Leningradi_Edasi_toimetus, lk 114
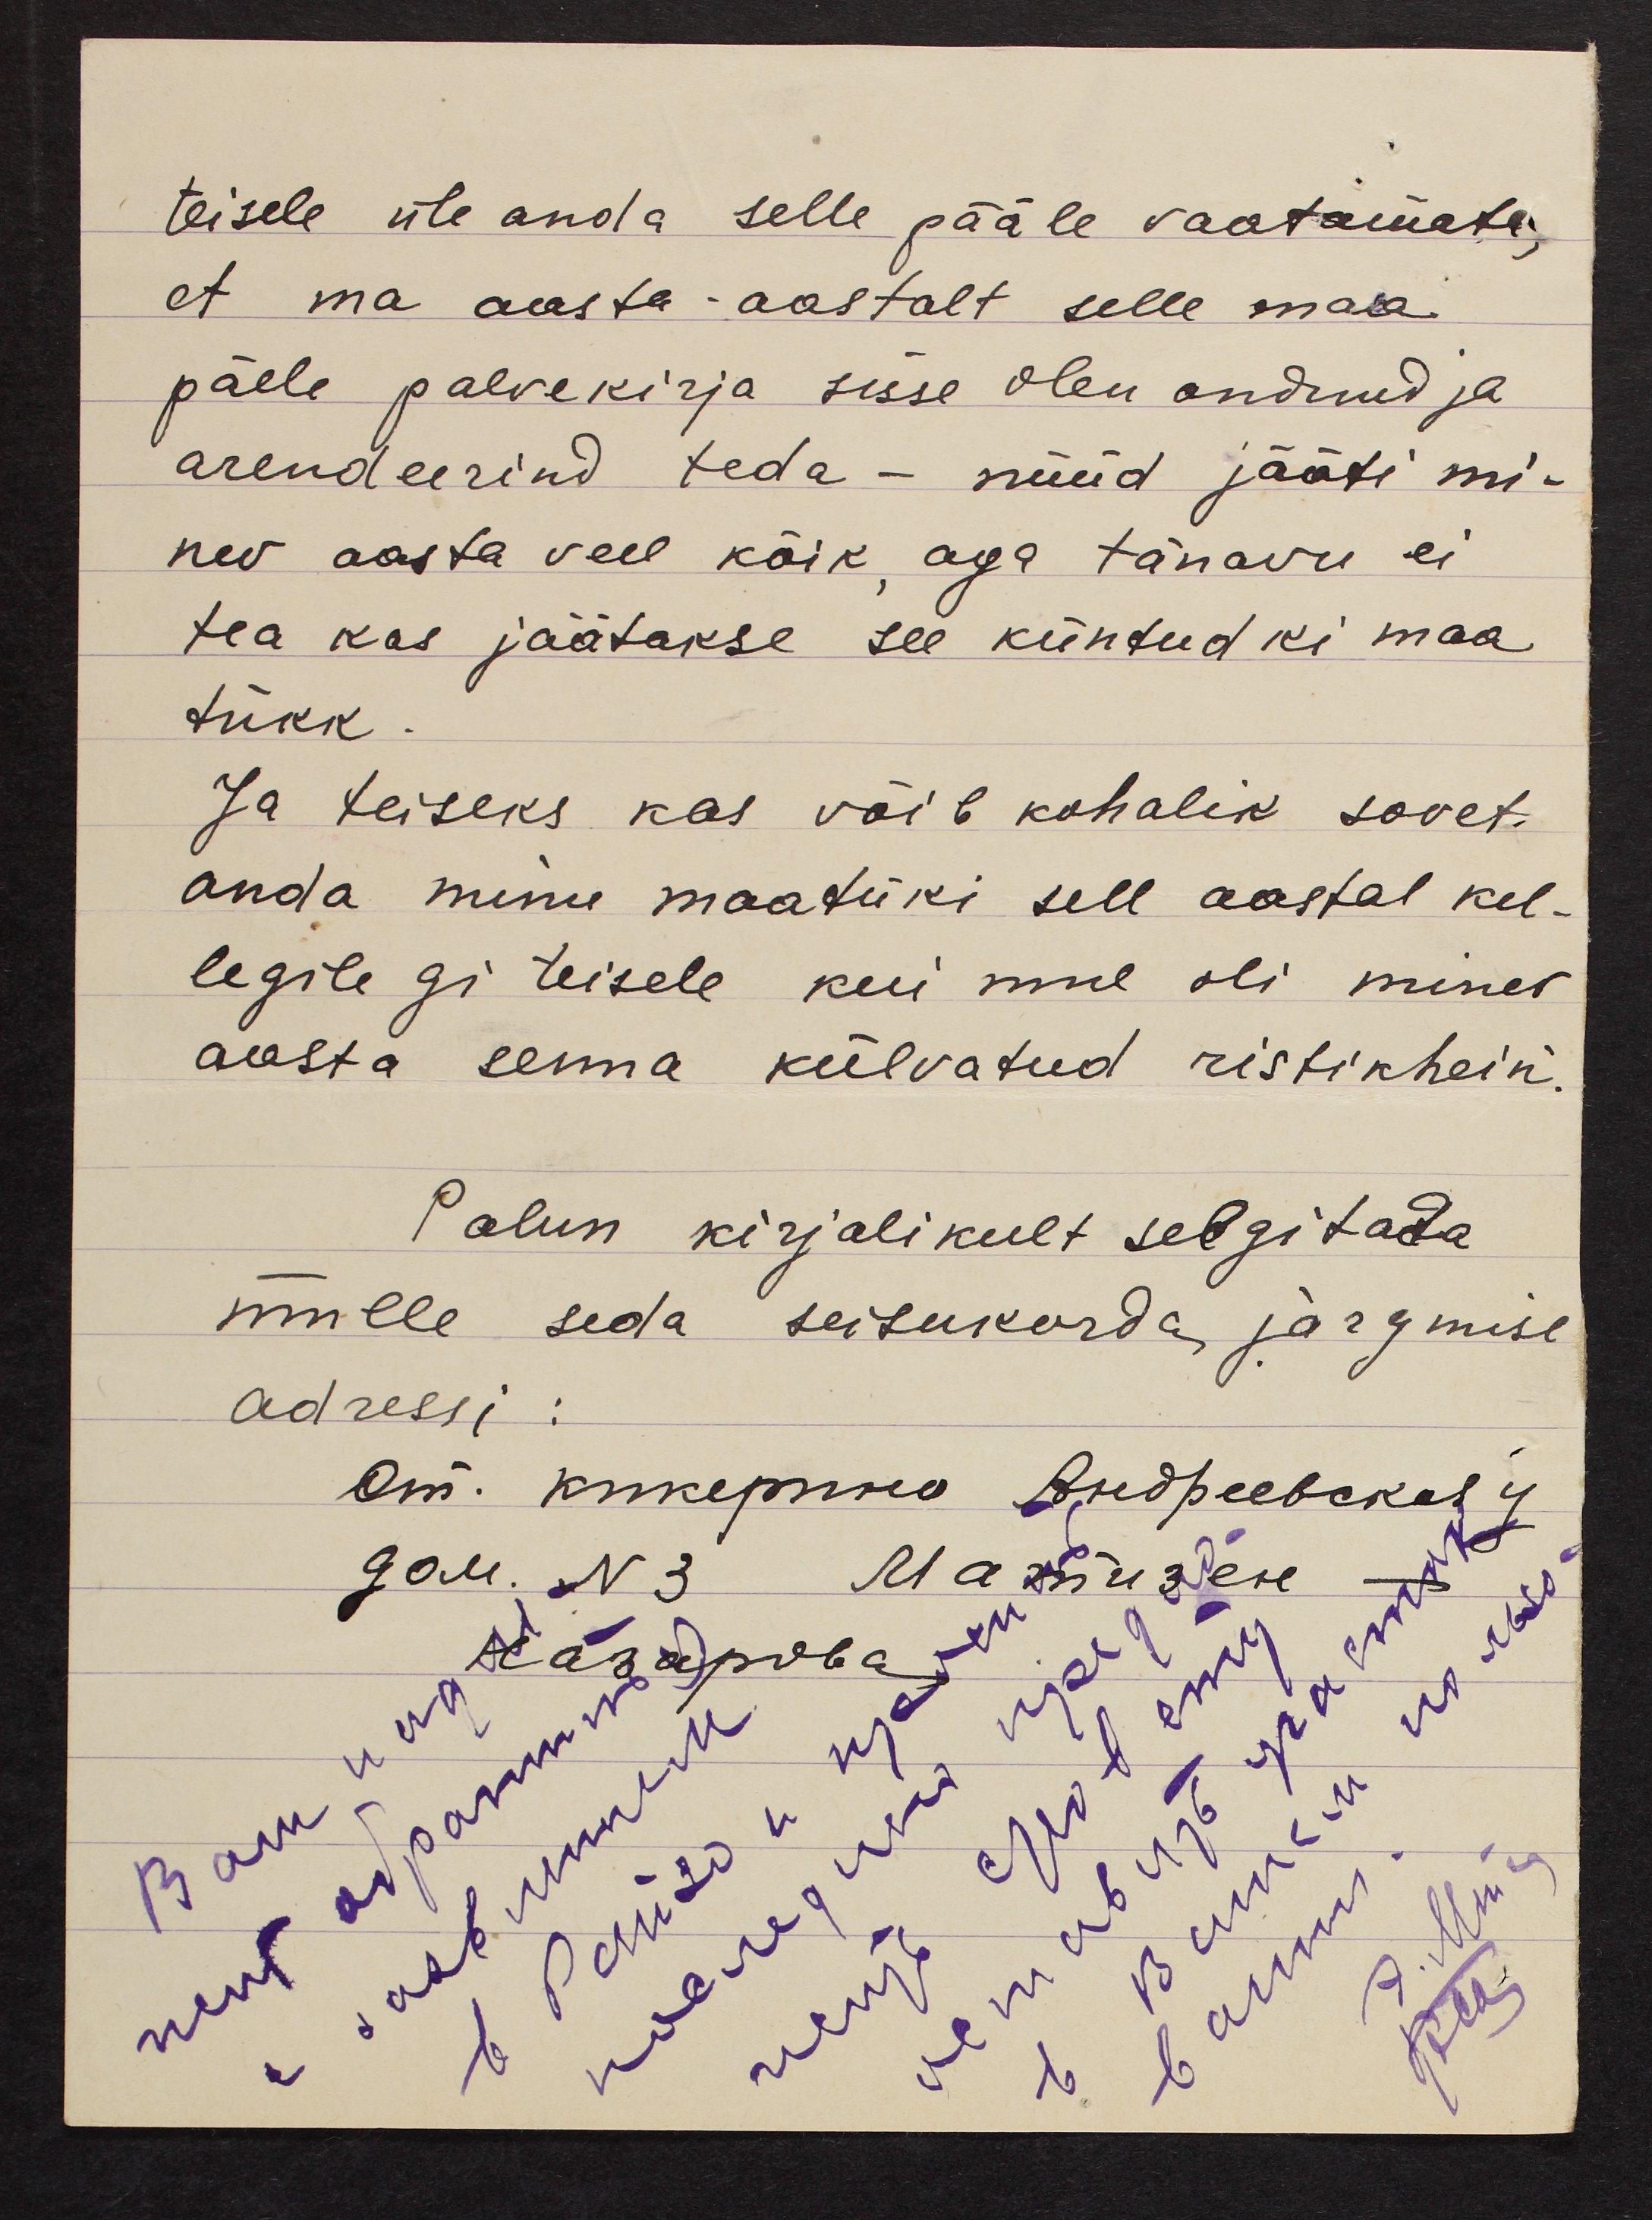
teisele üle anda selle pääle vaatamata,
et ma aasta-aastalt selle maa
päele palvekirja sisse olen andnud ja
arendeerind teda - nüüd jääti mi-
nev aasta veel kõik, aga tänavu ei
tea kas jäätakse see küntudki maa
tükk.
Ja teiseks kas võib kohalik sovet
anda minu maatüki sell aastal kel-
legilegi teisele kui mul oli minev
aasta senna külvatud ristikhein
Palun kirjalikult selgitada
mulle seda seisukorda järgmise
adressi: